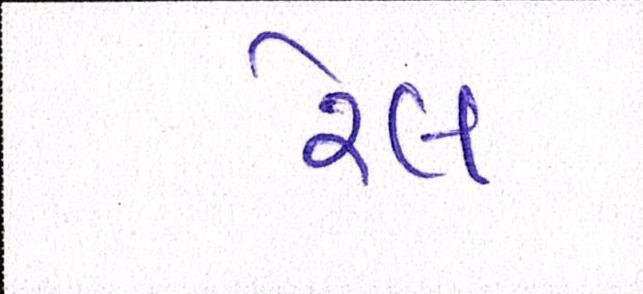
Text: રેલ